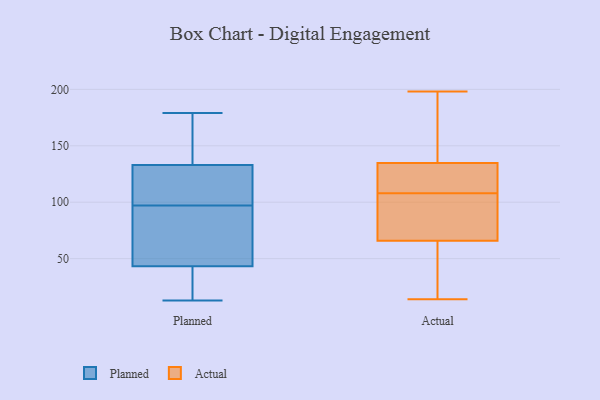
{"axis": {"x": "Latency (ms)", "y": "Value"}, "legend": ["Actual", "Planned"], "data": [{"x": "", "y": 29, "type": "Planned"}, {"x": "", "y": 133, "type": "Planned"}, {"x": "", "y": 42, "type": "Planned"}, {"x": "", "y": 179, "type": "Planned"}, {"x": "", "y": 97, "type": "Planned"}, {"x": "", "y": 20, "type": "Planned"}, {"x": "", "y": 47, "type": "Planned"}, {"x": "", "y": 133, "type": "Planned"}, {"x": "", "y": 13, "type": "Planned"}, {"x": "", "y": 73, "type": "Planned"}, {"x": "", "y": 98, "type": "Planned"}, {"x": "", "y": 73, "type": "Planned"}, {"x": "", "y": 159, "type": "Planned"}, {"x": "", "y": 121, "type": "Planned"}, {"x": "", "y": 167, "type": "Planned"}, {"x": "", "y": 134, "type": "Actual"}, {"x": "", "y": 101, "type": "Actual"}, {"x": "", "y": 135, "type": "Actual"}, {"x": "", "y": 108, "type": "Actual"}, {"x": "", "y": 29, "type": "Actual"}, {"x": "", "y": 20, "type": "Actual"}, {"x": "", "y": 100, "type": "Actual"}, {"x": "", "y": 131, "type": "Actual"}, {"x": "", "y": 198, "type": "Actual"}, {"x": "", "y": 86, "type": "Actual"}, {"x": "", "y": 14, "type": "Actual"}, {"x": "", "y": 140, "type": "Actual"}, {"x": "", "y": 136, "type": "Actual"}, {"x": "", "y": 98, "type": "Actual"}, {"x": "", "y": 132, "type": "Actual"}, {"x": "", "y": 140, "type": "Actual"}, {"x": "", "y": 59, "type": "Actual"}, {"x": "", "y": 43, "type": "Actual"}, {"x": "", "y": 123, "type": "Actual"}]}